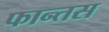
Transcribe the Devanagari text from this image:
फान्तस